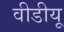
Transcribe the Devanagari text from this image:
वीडीयू